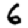
Digit: 6